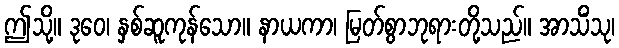
ဤသို့။ ဒုဝေ၊ နှစ်ဆူကုန်သော။ နာယကာ၊ မြတ်စွာဘုရားတို့သည်။ အာသိံသု၊